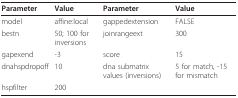
<table><thead><tr><td><b>Parameter</b></td><td><b>Value</b></td><td><b>Parameter</b></td><td><b>Value</b></td></tr></thead><tbody><tr><td>model</td><td>affine:local</td><td>gappedextension</td><td>FALSE</td></tr><tr><td>bestn</td><td>50; 100 for inversions</td><td>joinrangeext</td><td>300</td></tr><tr><td>gapexend</td><td>-3</td><td>score</td><td>15</td></tr><tr><td>dnahspdropoff</td><td>10</td><td>dna submatrix values (inversions)</td><td>5 for match, -15 for mismatch</td></tr><tr><td>hspfilter</td><td>200</td><td></td><td></td></tr></tbody></table>